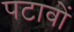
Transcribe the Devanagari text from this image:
पटावों